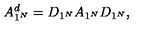
A _ { 1 ^ { N } } ^ { d } = D _ { 1 ^ { N } } A _ { 1 ^ { N } } D _ { 1 ^ { N } } ,